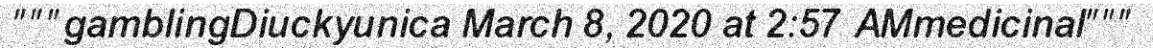
"""gamblingDiuckyunica March 8, 2020 at 2:57 AMmedicinal"""